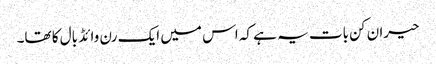
حیران کن بات یہ ہے کہ اس میں ایک رن وائڈ بال کا تھا۔